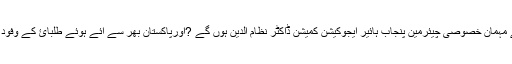
افتتاحی تقریب کے مہمان خصوصی چیئرمین پنجاب ہائیر ایجوکیشن کمیشن ڈاکٹر نظام الدین ہوں گے ?اورپاکستان بھر سے آئے ہوئے طلبائ کے وفود شرکت کریں گے۔